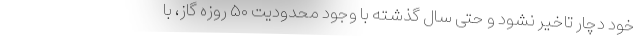
خود دچار تاخیر نشود و حتی سال گذشته با وجود محدودیت ۵۰ روزه گاز، با